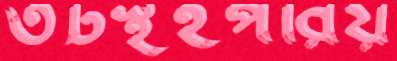
তটস্থইপরিয়